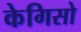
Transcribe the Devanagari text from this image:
केगिसो